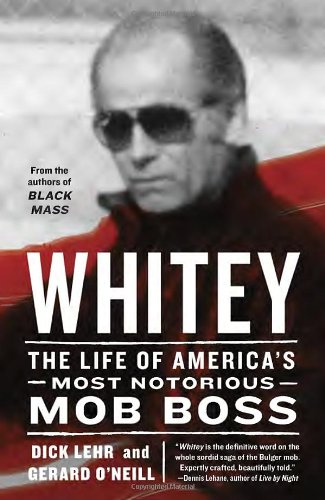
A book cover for Whitey: The Life of America's Most Notorious Mob Boss; Dick Lehr; Biographies & Memoirs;